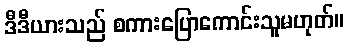
ဒီဒီယားသည် စကားပြောကောင်းသူမဟုတ်။